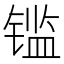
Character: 𰾫